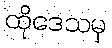
ထိုဒေသမှ